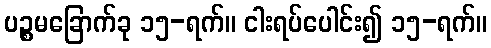
ပဉ္စမခြောက်ခု ၁၅-ရက်။ ငါးရပ်ပေါင်း၍ ၁၅-ရက်။